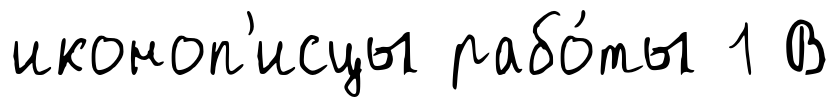
иконоп'исцы рабо́ты 1 В